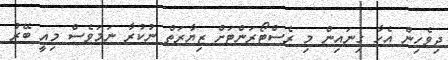
ދިވެހިން އެހާ ގިނައިން މި ރެސްޓޯރަންޓަށް ޒިޔާރަތް ނުކުރާ ނަމަވެސް މިއީ ބޭރު